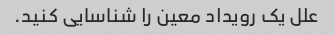
علل یک رویداد معین را شناسایی کنید.